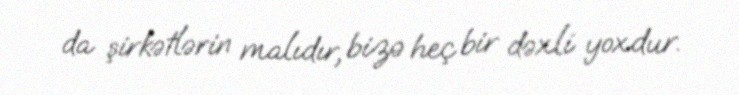
da şirkətlərin malıdır, bizə heç bir dəxli yoxdur.